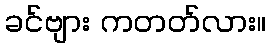
ခင်ဗျား ကတတ်လား။